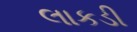
લાકડી